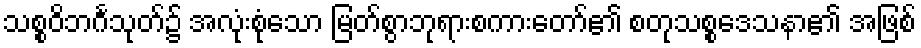
သစ္စဝိဘင်္ဂသုတ်၌ အလုံးစုံသော မြတ်စွာဘုရားစကားတော်၏ စတုသစ္စဒေသနာ၏ အဖြစ်